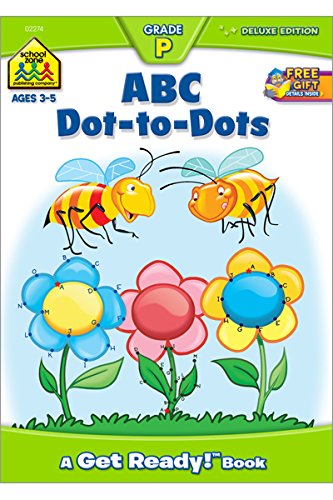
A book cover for ABC Dot-to-Dots: A Get Ready Book; Joan Hoffman; Children's Books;